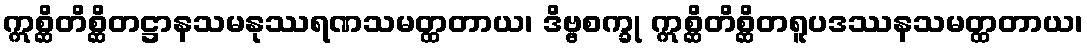
ဣစ္ဆိတိစ္ဆိတဋ္ဌာနသမနုဿရဏသမတ္ထတာယ၊ ဒိဗ္ဗစက္ခု ဣစ္ဆိတိစ္ဆိတရူပဒဿနသမတ္ထတာယ၊